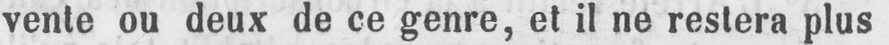
vente ou deux de ce genre, et il ne restera plus